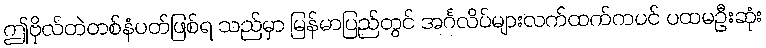
ဤဗိုလ်တဲတစ်နံပတ်ဖြစ်ရ သည်မှာ မြန်မာပြည်တွင် အင်္ဂလိပ်များလက်ထက်ကပင် ပထမဦးဆုံး